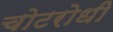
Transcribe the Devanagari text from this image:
चोटरोधी